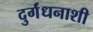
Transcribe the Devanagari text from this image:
दुर्गंधनाशी